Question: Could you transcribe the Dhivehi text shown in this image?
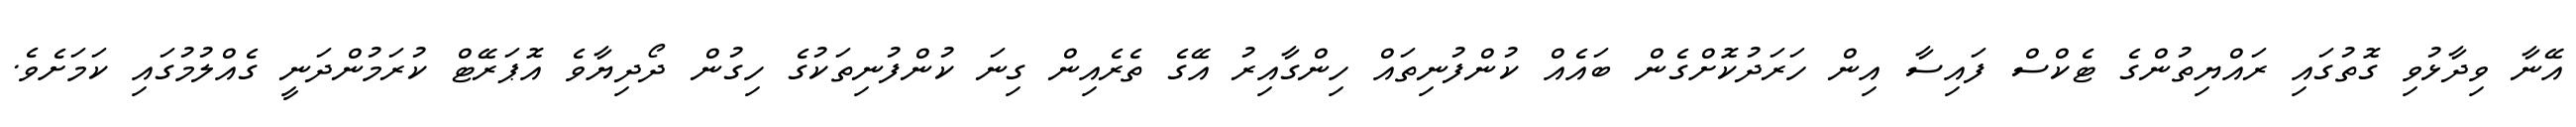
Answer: އޭނާ ވިދާޅުވި ގޮތުގައި ރައްޔިތުންގެ ޓެކްސް ފައިސާ އިން ހަރަދުކޮށްގެން ބައެއް ކުންފުނިތައް ހިންގާއިރު އޭގެ ތެރެއިން ގިނަ ކުންފުނިތަކުގެ ހިގުން ދޯދިޔާވެ އޮޕަރޭޓް ކުރަމުންދަނީ ގެއްލުމުގައި ކަމަށެވެ.